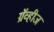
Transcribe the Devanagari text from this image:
ग्रॅव्हीज